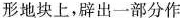
形地块上，辟出一部分作